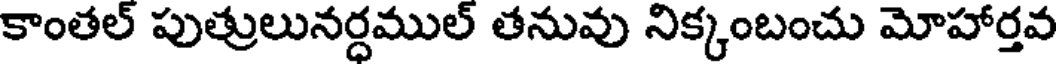
కాంతల్ పుత్రులునర్దముల్ తనువు నిక్కంబంచు మోహార్తవ